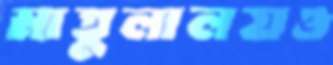
মাতুলালয়ও